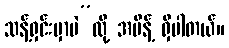
သန့်ရှင်းမှာပဲ”လို့ အမိန့် ရှိပါတယ်။